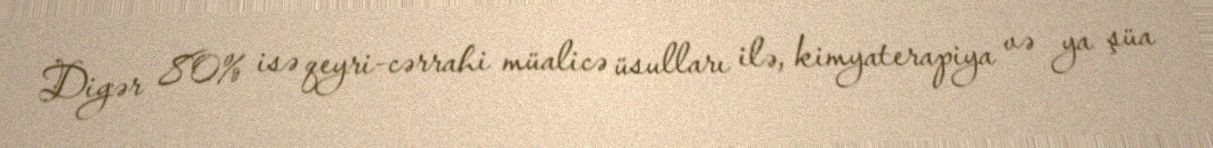
Digər 80% isə qeyri-cərrahi müalicə üsulları ilə, kimyaterapiya və ya şüa